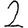
Digit: 2